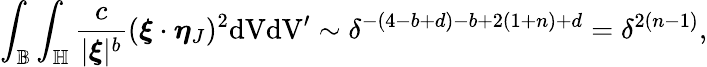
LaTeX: \int_{\mathbb{B}}\int_{\mathbb{H}}\frac{c}{|\boldsymbol{\xi}|^{b}}(\boldsymbol{\xi}\cdot\boldsymbol{\eta}_{J})^{2}\textup{dVdV}^{\prime}\sim\delta^{-(4-b+d)-b+2(1+n)+d}=\delta^{2(n-1)},